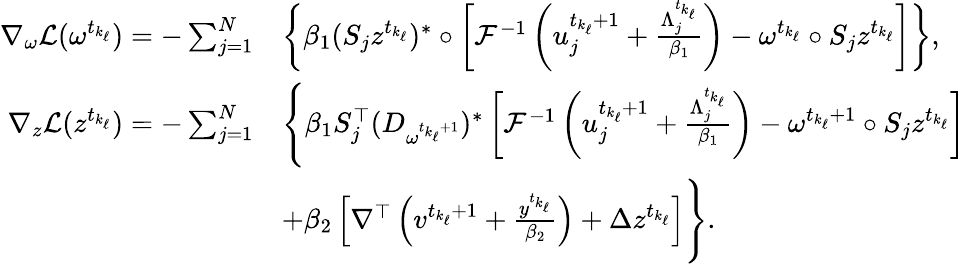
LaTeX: \begin{array}{rl}{\nabla_{\omega}\mathcal{L}(\omega^{t_{k_{\ell}}})=-\sum_{j=1}^{N}}&{\left\{ \beta_{1}(S_{j}z^{t_{k_{\ell}}})^{*}\circ\left[\mathcal{F}^{-1}\left(u_{j}^{{t_{k_{\ell}}}+1}+\frac{\Lambda_{j}^{t_{k_{\ell}}}}{\beta_{1}}\right)-\omega^{t_{k_{\ell}}}\circ S_{j}z^{t_{k_{\ell}}}\right]\right\} ,}\\ {\nabla_{z}\mathcal{L}(z^{t_{k_{\ell}}})=-\sum_{j=1}^{N}}&{\Bigg\{ \beta_{1}S_{j}^{\top}(D_{\omega^{t_{k_{\ell}}+1}})^{*}\left[\mathcal{F}^{-1}\left(u_{j}^{t_{k_{\ell}}+1}+\frac{\Lambda_{j}^{t_{k_{\ell}}}}{\beta_{1}}\right)-\omega^{t_{k_{\ell}}+1}\circ S_{j}z^{t_{k_{\ell}}}\right]}\\ &{+\beta_{2}\left[\nabla^{\top}\left(v^{t_{k_{\ell}}+1}+\frac{y^{t_{k_{\ell}}}}{\beta_{2}}\right)+\Delta z^{t_{k_{\ell}}}\right]\Bigg\} .}\end{array}